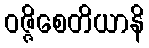
ဝဇ္ဇိစေတိယာနိ